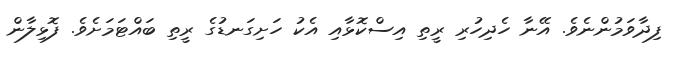
ފިދާވަމުންނެވެ. އޭނާ ހެދިހުރި ރީތި އިސްކޮޅާއި އެކު ހަށިގަނޑުގެ ރީތި ބައްޓަމަށެވެ. ފޮޅިލާން